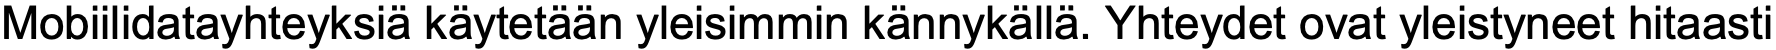
Mobiilidatayhteyksiä käytetään yleisimmin kännykällä. Yhteydet ovat yleistyneet hitaasti